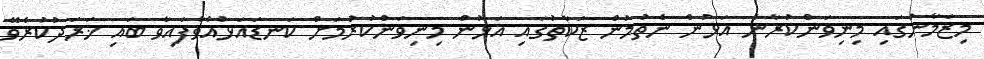
މިޒަމާނުގައި މިނިވަންކުރާނެ އަޅުން ނެތުމުން ޒަކާތުގައި އަޅުން މިނިވަންކުރުމަށް ކަނޑައަޅުއްވާފައިވާ ބައި ޚަރަދުކުރެވޭ